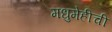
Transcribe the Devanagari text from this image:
मधुमेहीची